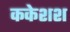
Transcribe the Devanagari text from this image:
ककेशश